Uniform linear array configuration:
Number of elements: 8
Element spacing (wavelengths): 0.5
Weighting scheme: exponential
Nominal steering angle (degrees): -15
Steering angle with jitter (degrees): -13.805
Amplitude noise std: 0.05
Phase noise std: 0.05

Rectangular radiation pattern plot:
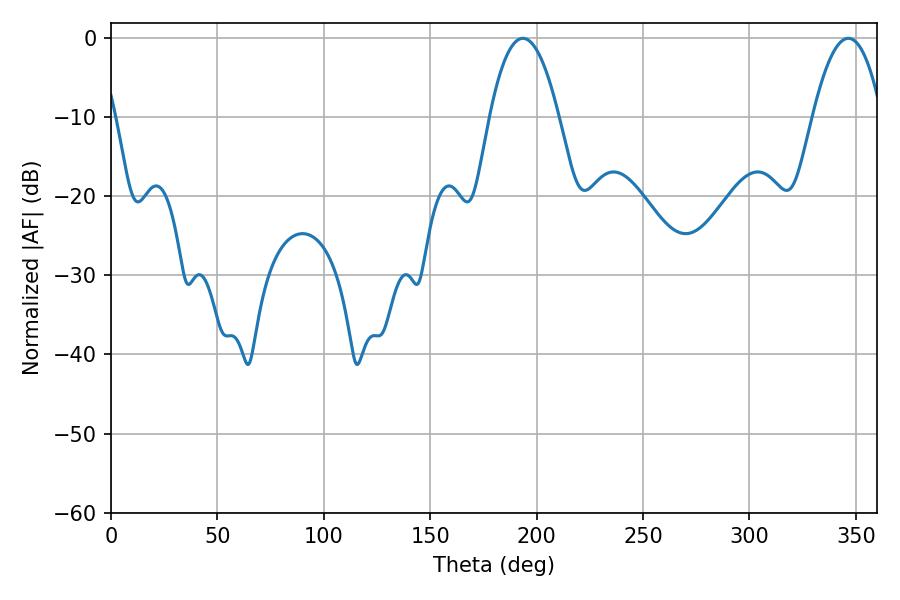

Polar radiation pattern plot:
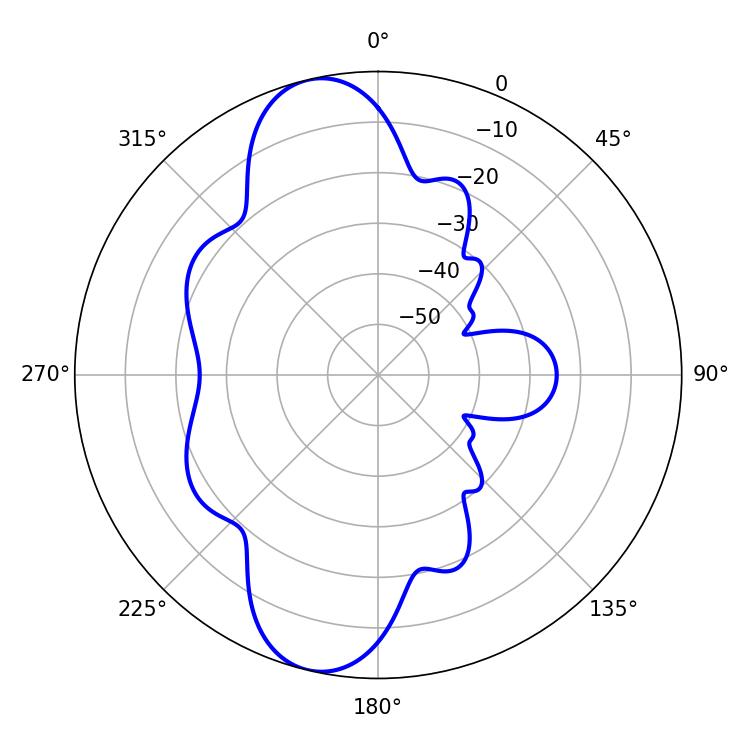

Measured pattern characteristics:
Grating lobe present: FALSE
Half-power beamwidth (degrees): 18
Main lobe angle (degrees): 193.5